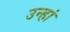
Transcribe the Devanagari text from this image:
उन्हां